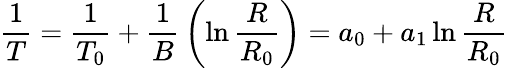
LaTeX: {\frac{1}{T}}={\frac{1}{T_{0}}}+{\frac{1}{B}}\left(\ln{\frac{R}{R_{0}}}\right)=a_{0}+a_{1}\ln{\frac{R}{R_{0}}}